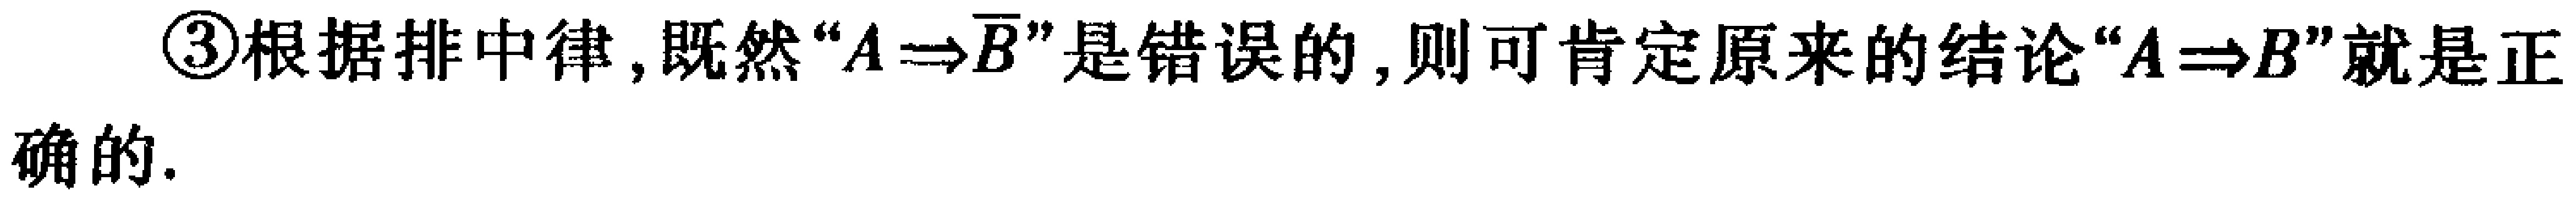
\textcircled{3}根据排中律,既然“\(A\Rightarrow\overline{B}\)”是错误的,则可肯定原来的结论“\(A\Rightarrow B\)”就是正确的.